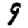
Digit: 9